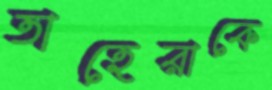
তাহেরাকে